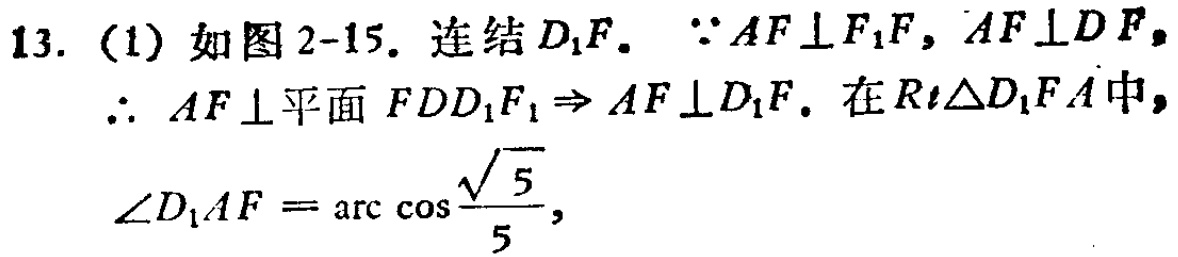
13. (1) 如图2-15. 连结\(D_{1}F\). \(\because AF\perp F_{1}F, AF\perp DF\),
\(\therefore AF\perp\)平面\(FDD_{1}F_{1}\Rightarrow AF\perp D_{1}F\). 在\(Rt\triangle D_{1}FA\)中,
\(\angle D_{1}AF = \arccos\frac{\sqrt{5}}{5}\),